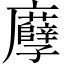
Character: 𢌎